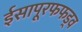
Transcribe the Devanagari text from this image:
ईसापूरफफड़्व